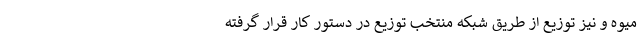
میوه و نیز توزیع از طریق شبکه منتخب توزیع در دستور کار قرار گرفته